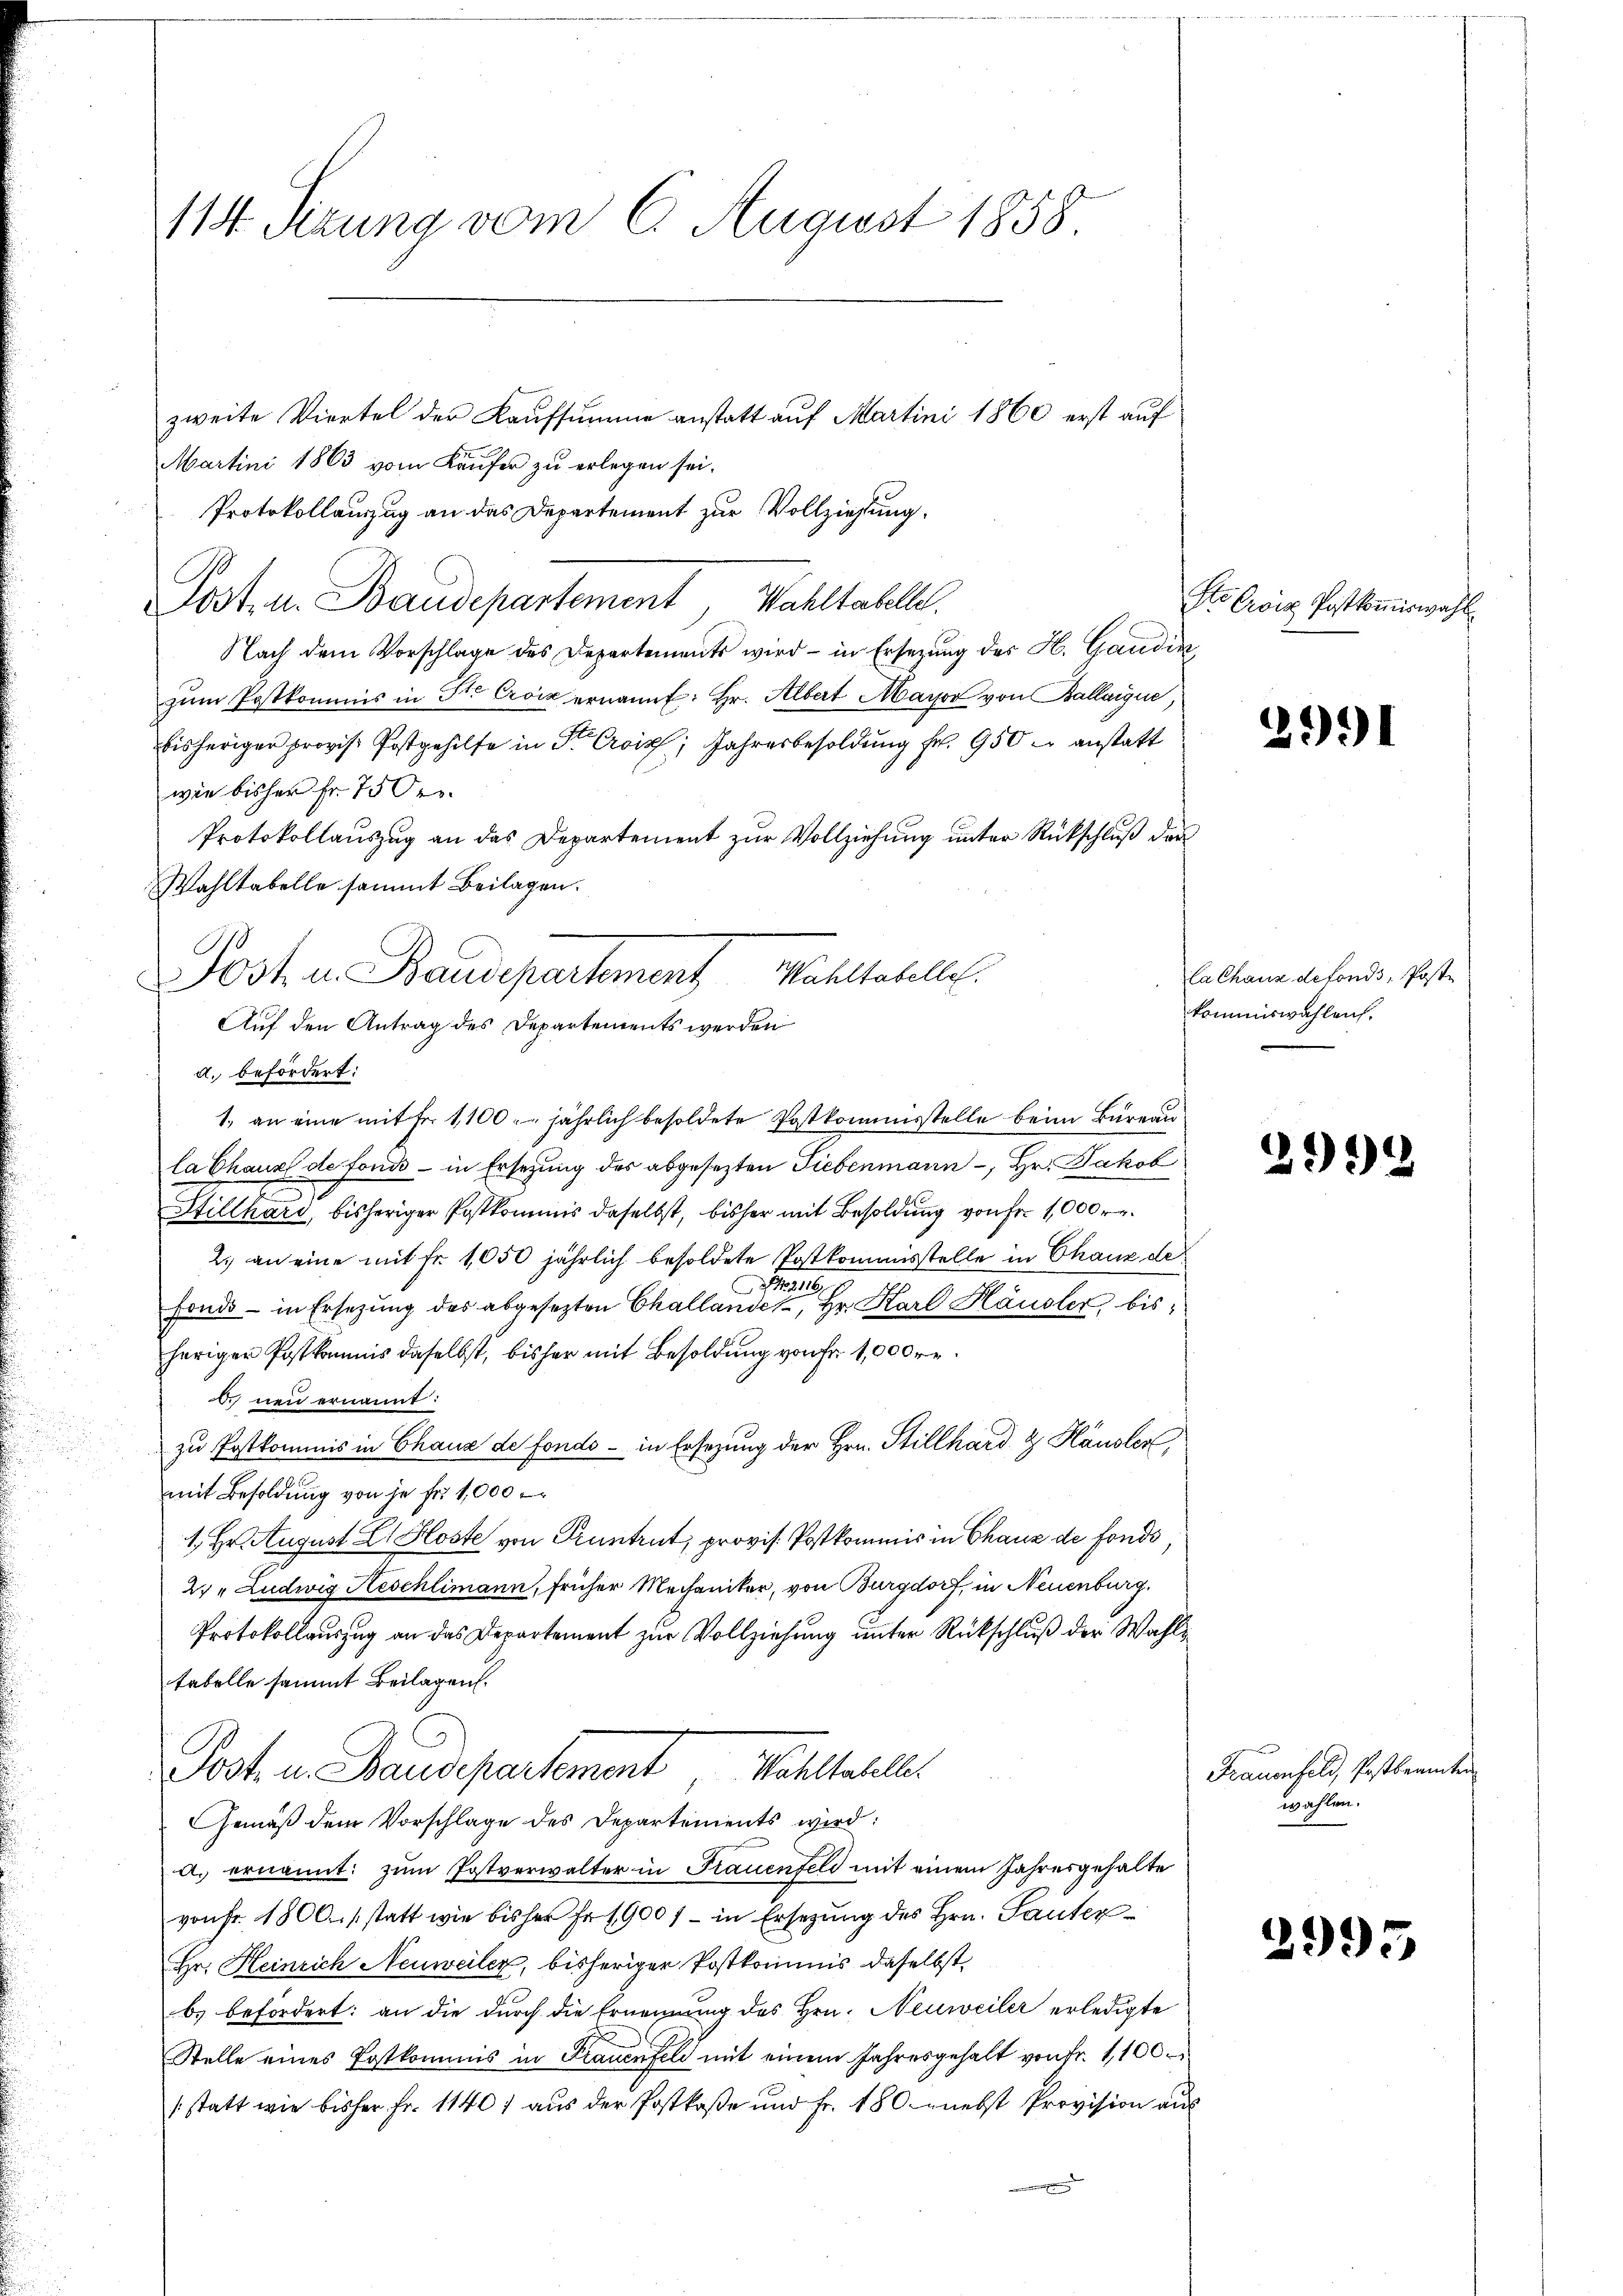
114. Sizung vom 6. August 1858

zweite Viertel der Kaufsumme anstatt auf Martini 1860 erst auf
Martini 1863 vom Käufer zu erlegen sei.
Protokollauszug an das Departement zur Vollziehung.
Post. u. Baudepartement Wahltabelle.
Nach dem Vorschlage des Departements wird – in Ersezung des H. Gaudin
zŭm Postkommis in St. Croix ernannt: Hr. Albert Mayor von Ballaigue,
bisheriger provis Postgehilfe in Dr Croix, Jahresbesoldung Fr. 950 anstatt
wie bisher fr. 750.
Protokollauszug an das Departement zur Vollziehung unter Rückschluß der
Wahltabelle sammt Beilagen.
d. befördert:
la Chaux de fond - in Ersetzung des abgesezten Liebenmann, Hr. Jakob
Stillhard, bisheriger Postkommis daselbst, bisher mit Besoldung von Fr. 1000 r.
2.) an eine mit Fr. 1050 jährlich besoldete Postkommisstelle in Chauz de
216
fonds - in Ersetzung des abgesetzten Challandes, Hr. Karl Häusler, bisheriger Postkommis daselbst, bisher mit Besoldung von Fr. 1000 re
d. neu ernannt:
zu Postkommis in Chaus de fonds - in Ersezung der Hrn. Stillhard & Häusler,
mit Besoldung von je fr 4,000
1. Hr. August E. Hoste von Pruntrut, provis. Postkommis in Chaux de fonds
27 " Ludwig Neschlimann, früher Mechaniker, von Burgdorf, in Neuenburg,
Protokollauszug an das Departement zur Vollziehung unter Rückschluß der Wahl
tabelle sammt Beilagen.
Post u. Staudepartement Wahlaller
Gemäß dem Vorschlage des Departements wird:
a. ernannt: zum Postverwalter in Frauenfeld mit einem Jahresgehalte
von Fr. 1800. s statt wie bisher Fr. 19001 - in Ersetzung des Hrn. Sauter
Hr. Heinrich Neuweiler, bisheriger Postkommis daselbst,
b) befördert: an die durch die Ernennung des Hrn. Neuweiler erledigte
Stelle eines Postkommis in Frauenfeld mit einem Jahresgehalt von fr. 1,100
(statt wie bisher Fr. 11401 aus der Postkase und Fr. 180. nebst Provision aus

Post u. Baudepartement Mühltatelle.
Auf den Antrag des Departements werden
1., an eine mit Fr. 1100. jährlich besoldete Postkommisstelle beim Büreau

Ste Croiz Postkommiswahl

2991

la Chaus defonds, Poste
kommiswahlen.

3993

Frauenfeld, Postbeamten
wahlen.

2995